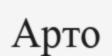
Арто